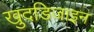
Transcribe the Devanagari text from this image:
खुदडिजाइन